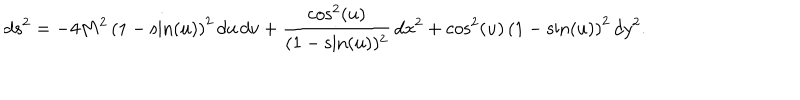
d s ^ { 2 } = - 4 M ^ { 2 } \, { { \left( 1 - \sin ( u ) \right) } ^ { 2 } } \, d u \, d v + { \frac { \cos ^ { 2 } ( u ) } { { ( 1 - \sin ( u ) } ) ^ { 2 } } } \, d x ^ { 2 } + { { { \cos ^ { 2 } ( u ) } } \, { \left( 1 - \sin ( u ) \right) } ^ { 2 } } \, d y ^ { 2 } .